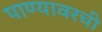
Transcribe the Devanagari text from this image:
पाण्यावरची